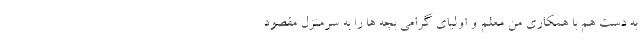
به دست هم با همکاری منِ معلم و اولیای گرامی بچه ها را به سرمنزل مقصود